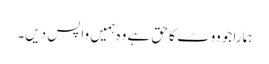
ہمارا جو ووٹ کا حق ہے وہ ہمیں واپس دیں۔